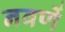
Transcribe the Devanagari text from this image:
नवणें